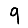
Digit: 9